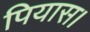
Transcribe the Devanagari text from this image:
पियास।